画像に写った文字を読んでください
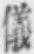
「儀」と書いてあります